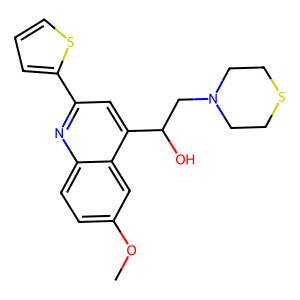
SMILES: COc1ccc2nc(-c3cccs3)cc(C(O)CN3CCSCC3)c2c1
Inhibits HIV replication: No